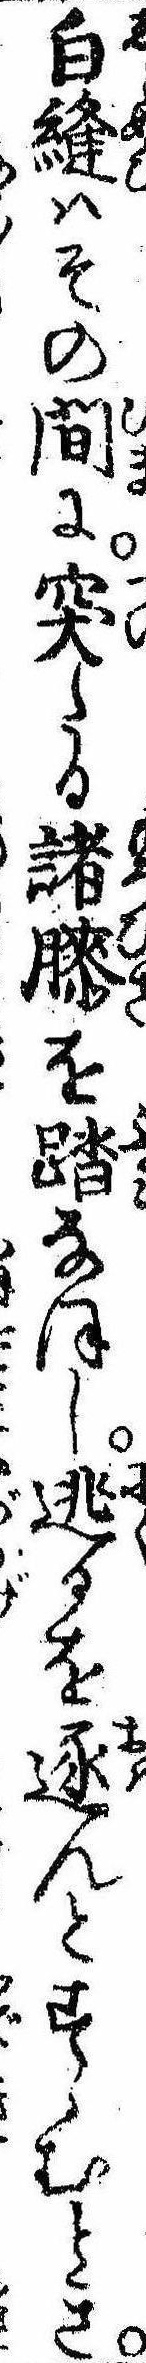
白縫はその間に突たる諸膝を踏なほし逃るを逐んとすゝむとき